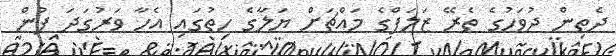
ދެތިން ދުވަހުގެ ތެރޭ ޒަލަފްގެ މައްޗަށް ޔަލާގެ ހިތުގައި އެހާ ވަރުގަދަ ފުން